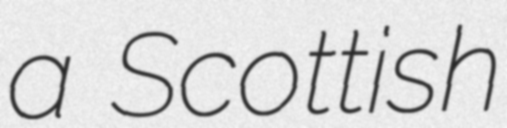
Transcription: a Scottish